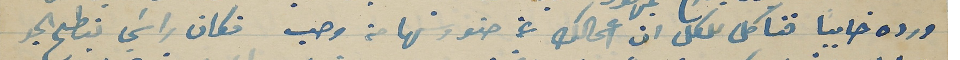
ورده خايباً نحنا كل للكل ان اعمالك عن حنو وشهامة وحب فكان راسَي ينطح الجو